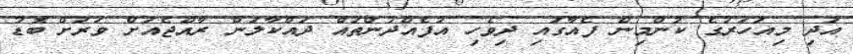
އަދި މިއަހަރުގެ ކުންމިން ފެއާގައި ދިވެހި އުފެއްދުންތައް ދައްކާލަން ރާއްޖެއަށް ވަރަށް ބޮޑު